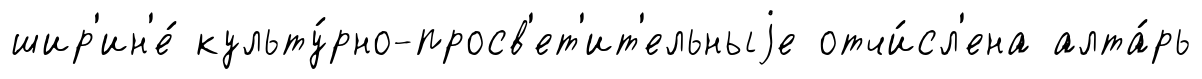
шир'ин'е́ культу́рно-просв'ет'ит'ельныjе отчи́сл'ена алта́рь